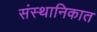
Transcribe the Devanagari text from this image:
संस्थानिकात